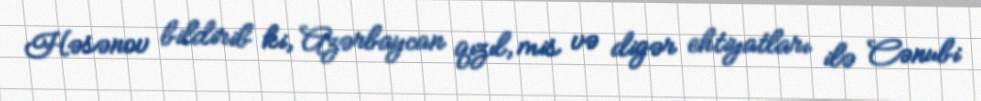
Həsənov bildirib ki, Azərbaycan qızıl, mis və digər ehtiyatları ilə Cənubi